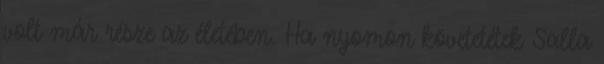
volt már része az életében. Ha nyomon követetétek Salla